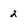
Character: 2